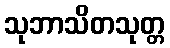
သုဘာသိတသုတ္တ